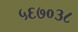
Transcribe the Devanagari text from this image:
५६७०३८